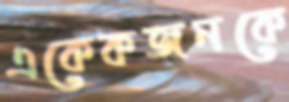
একেকজনকে